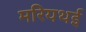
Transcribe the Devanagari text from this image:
मरियथई